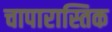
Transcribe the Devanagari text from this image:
चापारास्तिक